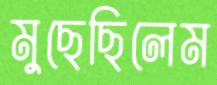
মুছেছিলেম